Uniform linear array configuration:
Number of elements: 12
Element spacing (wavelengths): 0.5
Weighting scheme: blackman
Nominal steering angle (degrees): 45
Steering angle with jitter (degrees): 43.03
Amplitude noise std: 0.05
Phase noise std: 0.05

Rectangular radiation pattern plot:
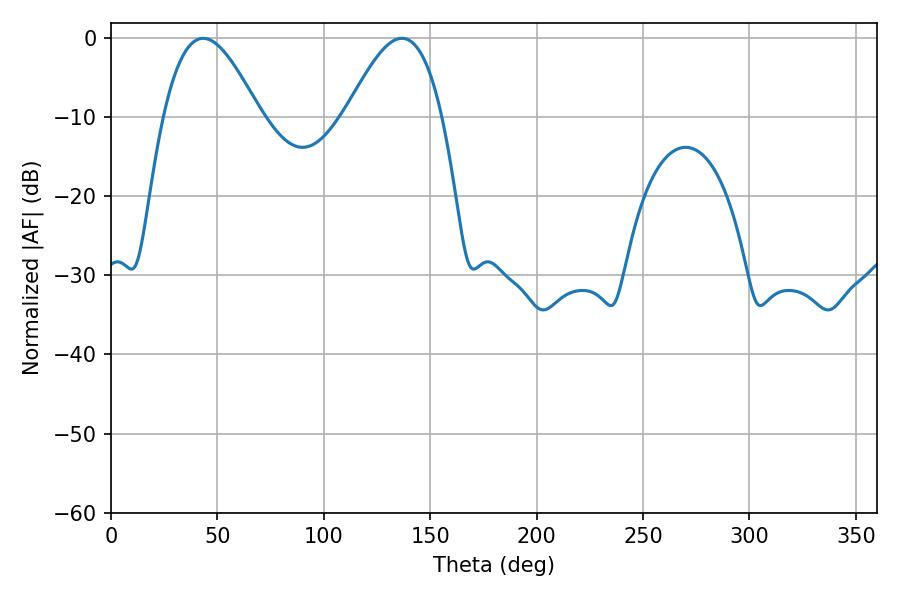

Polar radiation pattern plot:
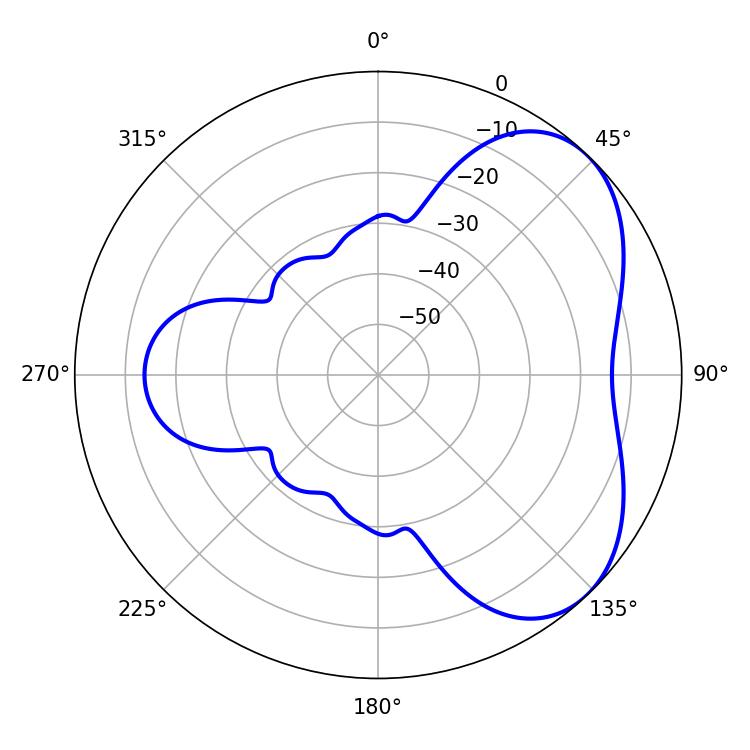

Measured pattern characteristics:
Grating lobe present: FALSE
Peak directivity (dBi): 4.816
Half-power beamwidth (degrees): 24.48
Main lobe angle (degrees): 43.38